Mental hospitals Bombay report 1921-28 - 1921-1928
Year: 1921
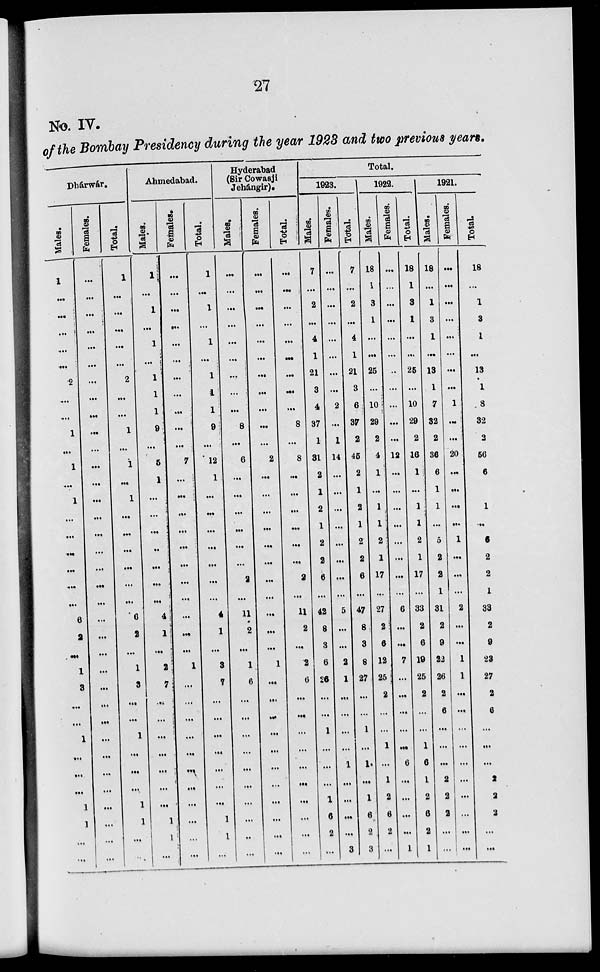
27
No. IV.
of the Bombay Presidency during the year 1923 and two previous years.
Dhárwár.
Males.
1
...
...
...
...
...
2
...
...
1
...
1
...
1
...
...
...
...
...
...
6
2
...
1
3
...
...
1
...
...
...
1
3
...
...
Females.
...
...
...
...
...
...
...
...
...
...
...
...
...
...
...
...
...
...
...
...
...
...
...
...
...
...
...
...
...
...
...
...
...
...
...
Total.
1
...
...
...
...
...
2
...
...
1
...
1
...
1
...
...
...
...
...
...
6
2
...
1
3
...
...
1
...
...
...
1
1
...
...
Ahmedabad.
Males.
1
...
1
...
1
...
1
1
1
9
...
5
1
...
...
...
...
...
...
...
4
1
...
2
7
...
...
...
...
...
...
...
1
1
...
Females.
...
...
...
...
...
...
...
...
...
...
...
7
...
...
...
...
...
...
...
...
...
...
...
1
...
...
...
...
...
...
...
...
...
...
...
Total.
1
...
1
...
1
...
1
1
1
9
...
12
1
...
...
...
...
...
...
...
4
1
...
3
7
...
...
...
...
...
...
...
1
1
...
Hyderabad
(Sir Cowasji
Jehángir).
Males.
...
...
...
...
...
...
...
...
...
8
...
6
...
...
...
...
...
...
2
...
11
2
...
1
6
...
...
...
...
...
...
...
...
..
...
Females.
...
...
...
...
...
...
...
...
...
...
...
2
...
...
...
...
...
...
...
...
...
...
...
1
...
...
...
...
...
...
...
...
...
...
...
Total.
...
...
...
...
...
...
...
...
...
8
...
8
...
...
...
...
...
...
2
...
11
2
...
2
6
...
...
...
...
...
...
...
...
...
...
Total.
1923.
Males.
7
...
2
...
4
1
21
3
4
37
1
31
2
1
2
1
2
2
6
...
42
8
3
6
26
...
...
1
...
...
...
1
6
2
...
Females.
...
...
...
...
...
...
...
...
2
...
1
14
...
...
...
...
...
...
...
...
5
...
...
2
1
...
...
...
...
1
...
...
...
...
3
Total.
7
...
2
...
4
1
21
3
6
37
2
45
2
1
2
1
2
2
6
...
47
8
3
8
27
...
...
1
...
1
...
1
6
2
3
1922.
Males.
18
1
3
1
...
...
25
...
10
29
2
4
1
...
1
1
2
1
17
...
27
2
6
12
25
2
...
...
1
...
1
2
6
2
...
Females.
...
...
...
...
...
...
...
...
...
...
...
12
...
...
...
...
...
...
...
...
6
...
...
7
...
...
...
...
...
6
...
...
...
...
1
Total.
18
1
3
1
...
...
25
...
10
29
2
16
1
...
1
1
2
1
17
...
33
2
6
19
25
2
...
...
1
6
1
2
6
2
1
1921.
Males.
18
...
1
3
1
...
13
1
7
32
2
36
6
1
1
...
5
2
2
1
31
2
9
22
26
2
6
...
...
...
2
2
2
...
...
Females.
...
...
...
...
...
...
...
...
1
...
...
20
...
...
...
...
1
...
...
...
2
...
...
1
1
...
...
...
...
...
...
...
...
...
...
Total.
18
...
1
3
1
...
13
1
8
32
2
56
6
1
1
...
6
2
2
1
33
2
9
23
27
2
6
...
...
...
2
2
2
...
...